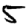
Digit: 5